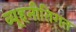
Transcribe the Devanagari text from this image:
व्यूहनीतिगत